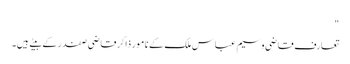
"
تعارف قاضی وسیم عباس ملک کے نامور ذاکر قاضی صفدر کے بیٹے ہیں۔